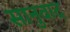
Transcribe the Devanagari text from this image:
सानुवाद